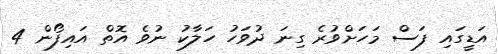
އަޑީގައި ފަސް މަހަށްވުރެ ގިނަ ދުވަހު ހަލާކު ނުވެ އޮތް އައިފޯން 4